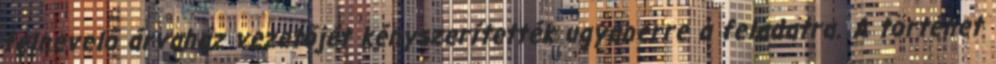
felnevelő árvaház vezetőjét kényszerítették ugyanerre a feladatra. A történet